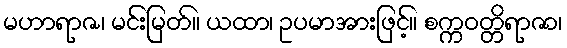
မဟာရာဇ၊ မင်းမြတ်။ ယထာ၊ ဥပမာအားဖြင့်။ စက္ကဝတ္တိရာဇာ၊